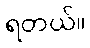
ရတယ်။